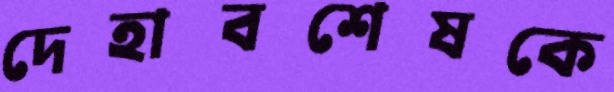
দেহাবশেষকে